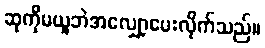
ဆုကိုမယူဘဲအလျှော့ပေးလိုက်သည်။